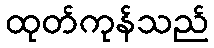
ထုတ်ကုန်သည်